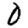
Digit: 0